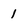
Character: 1